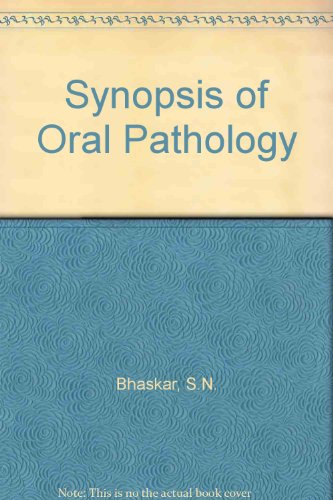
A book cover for Synopsis of Oral Pathology; S. N. Bhaskar; Medical Books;